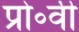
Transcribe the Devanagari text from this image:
प्रो॰वी